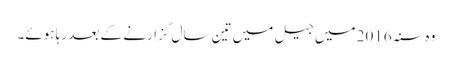
وہ سنہ 2016 میں جیل میں تین سال گزارنے کے بعد رہا ہوئے۔